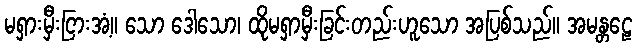
မရှားမှီးငြားအံ့။ သော ဒေါသော၊ ထိုမရှာမှီးခြင်းတည်းဟူသော အပြစ်သည်။ အမန္တဠေ